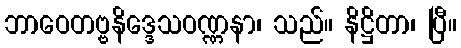
ဘာဝေတဗ္ဗနိဒ္ဒေသဝဏ္ဏနာ၊ သည်။ နိဋ္ဌိတာ၊ ပြီ။